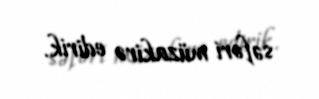
səfəri müzakirə edirik.